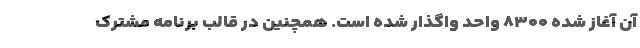
آن آغاز شده ۸۳۰۰ واحد واگذار شده است. همچنین در قالب برنامه مشترک